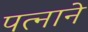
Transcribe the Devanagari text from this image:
पत्‍नाने